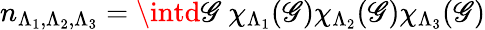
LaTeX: n_{\Lambda_{1},\Lambda_{2},\Lambda_{3}}=\intd\mathscr{G}\ \chi_{\Lambda_{1}}(\mathscr{G})\chi_{\Lambda_{2}}(\mathscr{G})\chi_{\Lambda_{3}}(\mathscr{G})